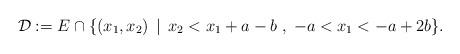
LaTeX: \begin{align*}\mathcal{D}:=E\cap\{(x_{1},x_{2})\,\mid\, x_{2}<x_{1}+a-b\;,\;-a<x_{1}<-a+2b\}.\end{align*}